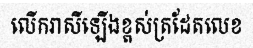
លើករាសីឡើងខ្ពស់ត្រដែតលេខ